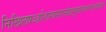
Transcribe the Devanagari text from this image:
निखिलषऽर्हाशास्त्रसारसंग्रहभूतग्रन्थकरणेऽप्यधिकारः